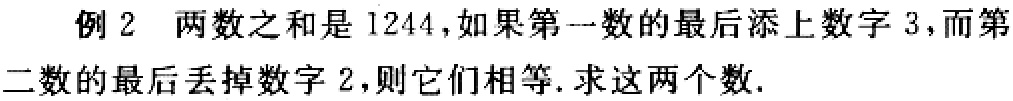
例2 两数之和是1244，如果第一数的最后添上数字3，而第二数的最后丢掉数字2，则它们相等. 求这两个数.